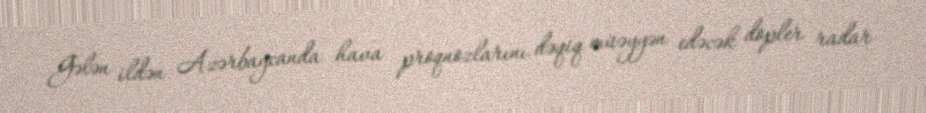
Gələn ildən Azərbaycanda hava proqnozlarını dəqiq müəyyən edəcək dopler radar